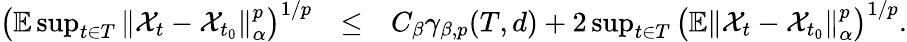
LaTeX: \begin{array}{rlr}{\left(\mathbb{E}\operatorname*{sup}_{t\in T}\left\Vert\mathcal{X}_{t}-\mathcal{X}_{t_{0}}\right\Vert_{\alpha}^{p}\right)^{1/p}}&{\leq}&{C_{\beta}\gamma_{\beta,p}(T,d)+2\operatorname*{sup}_{t\in T}\left(\mathbb{E}\left\Vert\mathcal{X}_{t}-\mathcal{X}_{t_{0}}\right\Vert_{\alpha}^{p}\right)^{1/p}.}\end{array}